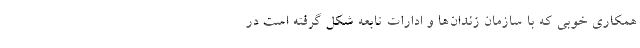
همکاری خوبی که با سازمان زندان‌ها و ادارات تابعه شکل گرفته است در